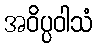
အဝိပ္ပဝါသံ